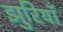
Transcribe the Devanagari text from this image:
झुरियाँ